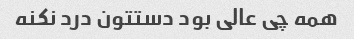
همه چی عالی بود دستتون درد نکنه